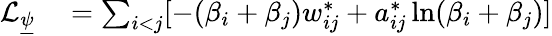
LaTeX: \begin{array}{rl}{\mathcal{L}_{\underline{{\psi}}}}&{{}=\sum_{i<j}[-(\beta_{i}+\beta_{j})w_{ij}^{*}+a_{ij}^{*}\ln(\beta_{i}+\beta_{j})]}\end{array}